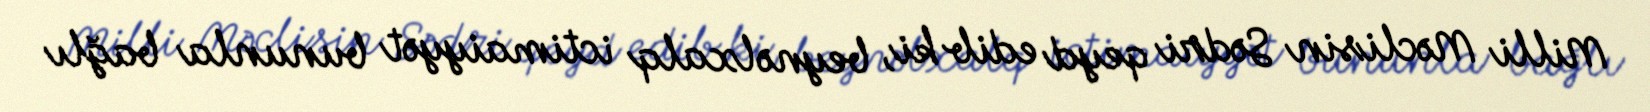
Milli Məclisin Sədri qeyd edib ki, beynəlxalq ictimaiyyət bununla bağlı